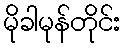
မိုခါမုန်တိုင်း